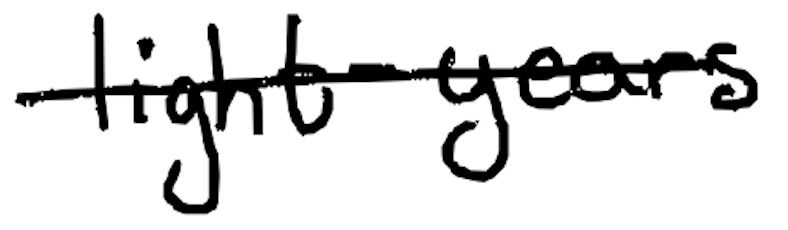
Text: light-years
Cross-out: single-line
Writing tool: digital_black